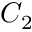
C _ { 2 }